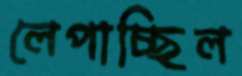
লেপাচ্ছিল